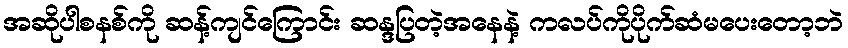
အဆိုပါစနစ်ကို ဆန့်ကျင်ကြောင်း ဆန္ဒပြတဲ့အနေနဲ့ ကလပ်ကိုပိုက်ဆံမပေးတော့ဘဲ